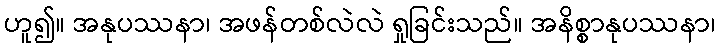
ဟူ၍။ အနုပဿနာ၊ အဖန်တစ်လဲလဲ ရှုခြင်းသည်။ အနိစ္စာနုပဿနာ၊